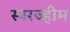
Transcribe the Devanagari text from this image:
स्परज्हीम